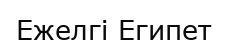
Ежелгі Египет